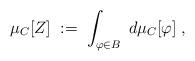
LaTeX: \begin{align*}\mu_C[Z] \; := \; \int_{\varphi \in B} \; d\mu_C[\varphi] \; ,\end{align*}